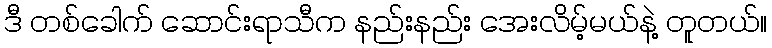
ဒီ တစ်ခေါက် ဆောင်းရာသီက နည်းနည်း အေးလိမ့်မယ်နဲ့ တူတယ်။